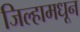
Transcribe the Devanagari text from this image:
जिल्हामधून